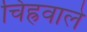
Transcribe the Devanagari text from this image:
चिह्रवाले